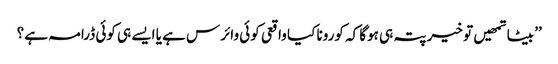
’’ بیٹا تمھیں تو خیر پتہ ہی ہوگا کہ کورونا کیا واقعی کوئی وائرس ہے یا ایسے ہی کوئی ڈرامہ ہے ؟